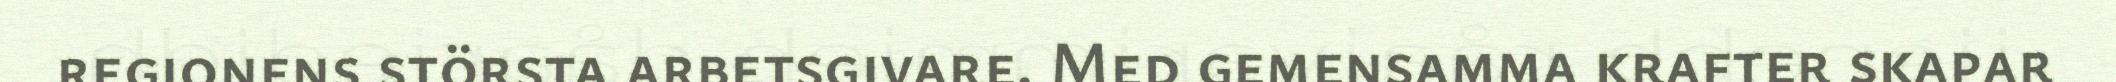
regionens största arbetsgivare. Med gemensamma krafter skapar